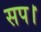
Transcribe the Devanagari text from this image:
सप।